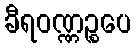
ခီရဝဏ္ဏဉ္စပေ